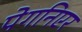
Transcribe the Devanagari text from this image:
पेगनिएर